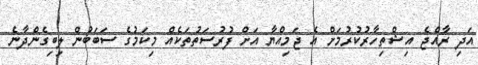
އަދި ރާއްޖެ އިޝްތިހާރުކުރުމަށް އެ ޖަމިއްޔާ އަށް ފުރުސަތުތަކެއް މިކަމުގެ ސަބަބުން ލިބިގެންދާނެ